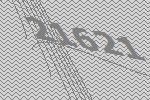
21621